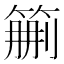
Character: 𥮚